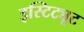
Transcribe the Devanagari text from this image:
इस्टिट्यूट